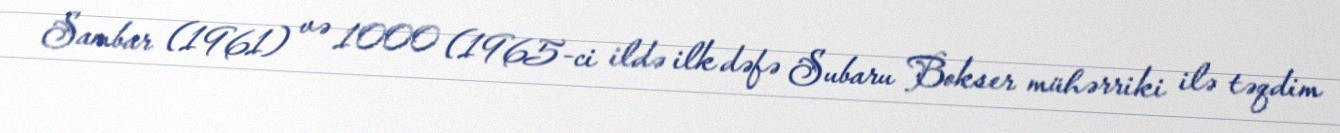
Sambar (1961) və 1000 (1965-ci ildə ilk dəfə Subaru Bokser mühərriki ilə təqdim